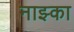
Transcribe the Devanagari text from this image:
नाझ्का